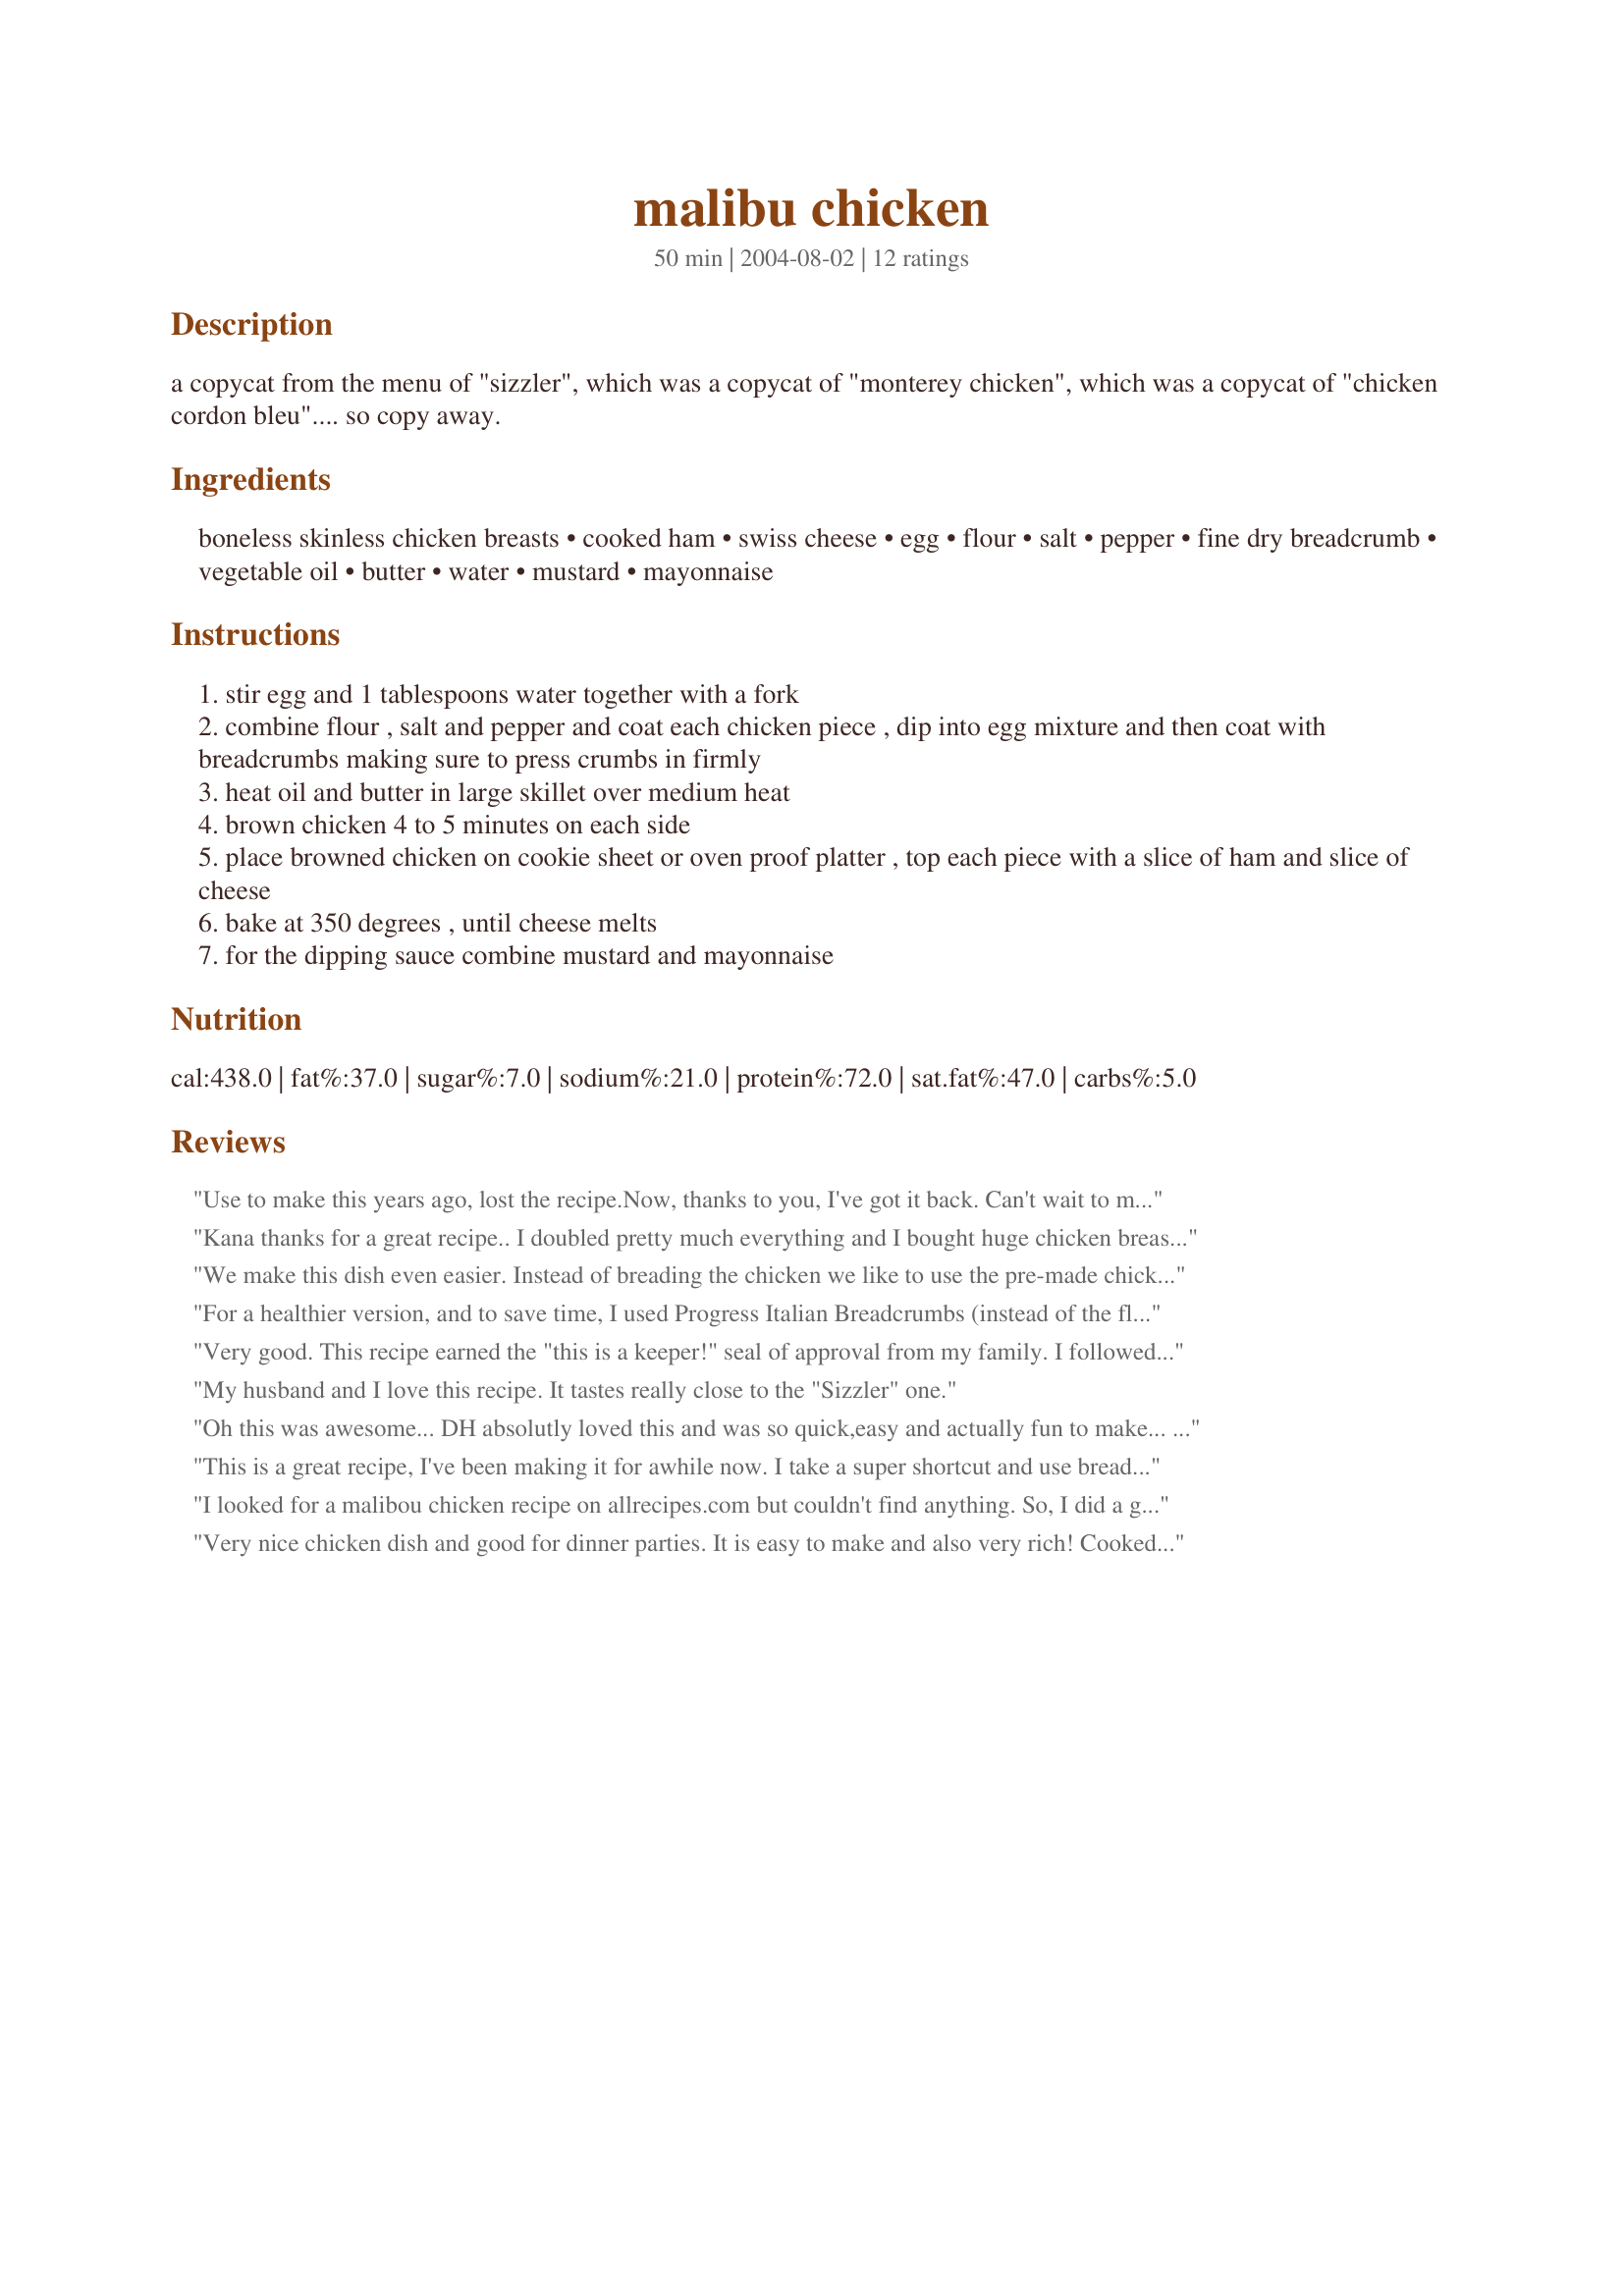
malibu chicken
Preparation time: 50 minutes

a copycat from the menu of "sizzler", which was a copycat of "monterey chicken", which was a copycat of "chicken cordon bleu".... so copy away.

Ingredients:
boneless skinless chicken breasts, cooked ham, swiss cheese, egg, flour, salt, pepper, fine dry breadcrumb, vegetable oil, butter, water, mustard, mayonnaise

Steps:
stir egg and 1 tablespoons water together with a fork
combine flour , salt and pepper and coat each chicken piece , dip into egg mixture and then coat with breadcrumbs making sure to press crumbs in firmly
heat oil and butter in large skillet over medium heat
brown chicken 4 to 5 minutes on each side
place browned chicken on cookie sheet or oven proof platter , top each piece with a slice of ham and slice of cheese
bake at 350 degrees , until cheese melts
for the dipping sauce combine mustard and mayonnaise

Reviews:
Use to make this years ago, lost the recipe.Now, thanks to you, I've got it back. Can't wait to make it again and again and again, well, you get the idea. THANKS so much. It's really 5 stars and more
Kana thanks for a great recipe.. I doubled pretty much everything and I bought huge chicken breasts so cooked them in the oven until almost done. Then I put the ham and cheese on.. I love sizzler and we don't have them around us anymore so thank you so much.. My family loved this one so will be a regular in this family.. 
:)
We make this dish even easier. Instead of breading the chicken we like to use the pre-made chicken patties from Costco or Sams Club and put the ham and cheese on top. By doing it this way the dish takes about 4 minutes to prep.
For a healthier version, and to save time, I used Progress Italian Breadcrumbs (instead of the flour, S&P) and fat free spray butter to coat the chicken (although I am wondering if I could use the mayo/mustard sauce as the base before dredging in the crumbs... hmmm... I did not prefry, just baked in oven with the ham and cheese (covered with foil until the last 10 minutes) and baked for 40 minutes. Super good. I am sure the fried version is superb as well, but my way worked great! I will definitely be making this again! It's so easy!
Very good. This recipe earned the "this is a keeper!" seal of approval from my family. I followed the recipe exactly except for omitting the sauce.
My husband and I love this recipe. It tastes really close to the "Sizzler" one.
Oh this was awesome... DH absolutly loved this and was so quick,easy and actually fun to make... DH also made a sandwich the next day with the chicken dish.. Thanks for posting such a great dish...Oh and the mayo and mustard is perfect...
This is a great recipe, I've been making it for awhile now. I take a super shortcut and use breaded chicken patties from Tyson. I bake them as directed then add the ham and cheese and bake until it's melted. The sauce is identical tasting to Sizzler's. They used to be my favorite meal to order there, now they are easy and delicious to make at home!
I looked for a malibou chicken recipe on allrecipes.com but couldn't find anything. So, I did a google search and it gave me this recipe. I tried it last night and it was a hit! I put the chicken in the oven at 350 for about 45 mins. or so. Then, I put the ham and cheese on, threw it back in the oven until melted, and made the sauce. Kids didn't care for the sauce but I loved it. It was easy and fun to make, too. Plus, it did taste like the "Sizzler" Malibou chicken and I love that dish. Thanks for the post, Kana. I'll be making this one again!
Very nice chicken dish and good for dinner parties. It is easy to make and also very rich!
Cooked it exactly as written and would not change a thing about the recipe next time I make this exept for maybe not serving it with the maynaise mustard sauce.
This was really good! DH doesn't like chicken, but!! "I'm the cook". He rated it a 5 star. That really means it deserves 10 stars! We really liked it with the sauce. DH even liked the leftovers for lunch the next day. Kana thanks for posting this delicious recipe.
Very good recipe. Didnt change a thing. The chicken was moist and tender and the Mayo and Mustard went very well with the chicken.
Thanks :)
